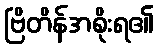
ဗြိတိန်အစိုးရ၏